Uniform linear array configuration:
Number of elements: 48
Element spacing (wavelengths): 1
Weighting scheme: cosine
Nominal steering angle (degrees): -45
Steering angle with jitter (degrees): -43.26
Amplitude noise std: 0.05
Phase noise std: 0.05

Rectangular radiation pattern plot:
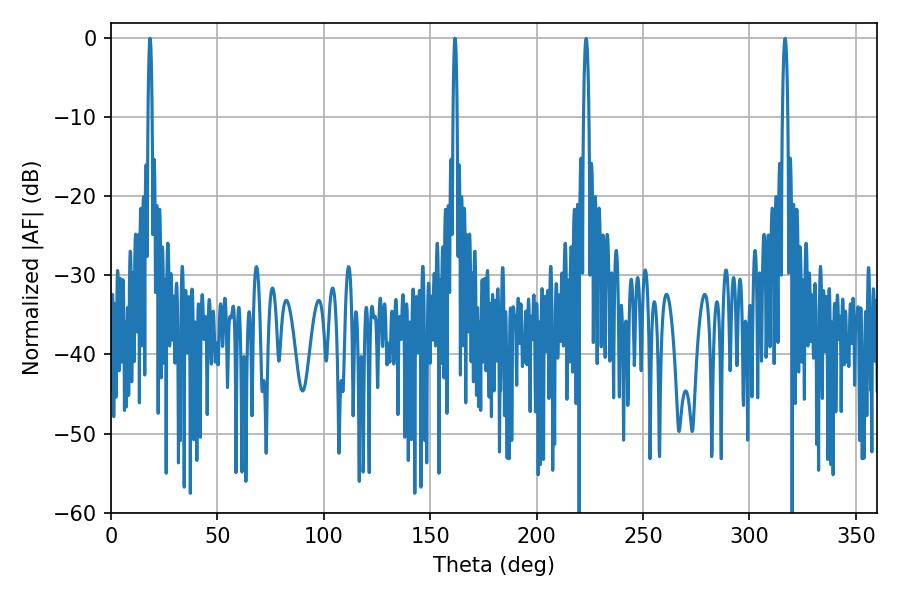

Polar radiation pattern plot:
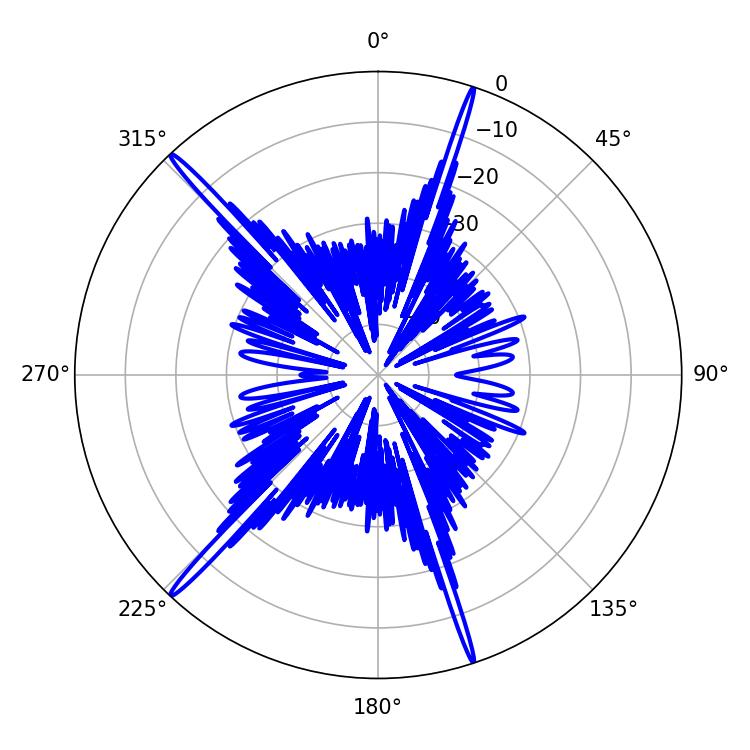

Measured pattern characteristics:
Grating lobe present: TRUE
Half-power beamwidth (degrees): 1.08
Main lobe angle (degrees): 161.64